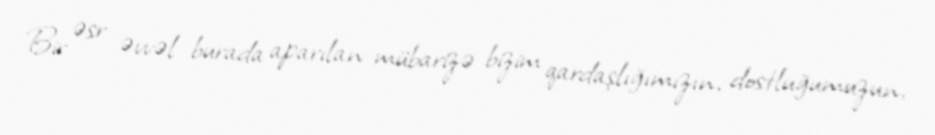
Bir əsr əvvəl burada aparılan mübarizə bizim qardaşlığımızın, dostluğumuzun,